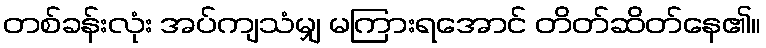
တစ်ခန်းလုံး အပ်ကျသံမျှ မကြားရအောင် တိတ်ဆိတ်နေ၏။